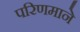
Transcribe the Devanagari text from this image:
परिणमाने